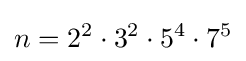
n=2^{2}\cdot 3^{2}\cdot 5^{4}\cdot 7^{5}